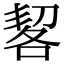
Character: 㗉